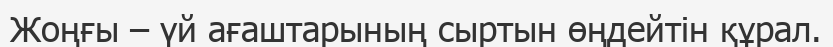
Жоңғы – үй ағаштарының сыртын өңдейтін құрал.